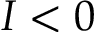
I < 0